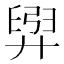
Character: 𫸟